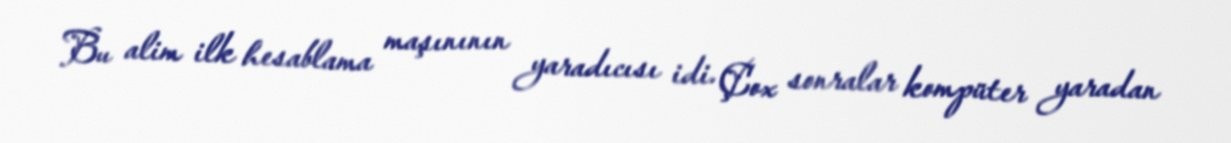
Bu alim ilk hesablama maşınının yaradıcısı idi. Çox sonralar kompüter yaradan